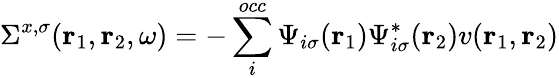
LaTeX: \Sigma^{x,\sigma}(\mathbf{r}_{1},\mathbf{r}_{2},\omega)=-\sum_{i}^{occ}\Psi_{i\sigma}(\mathbf{r}_{1})\Psi_{i\sigma}^{*}(\mathbf{r}_{2})v(\mathbf{r}_{1},\mathbf{r}_{2})